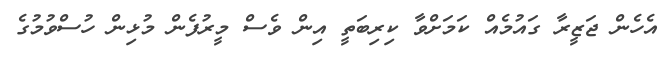
އެހެން ޖަޒީރާ ގައުމެއް ކަމަށްވާ ކިރިބަތީ އިން ވެސް މީރުފެން މުޅިން ހުސްވުމުގެ